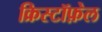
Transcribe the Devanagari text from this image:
क्रिस्टॉफ़ेल